Lock hospitals Punjab
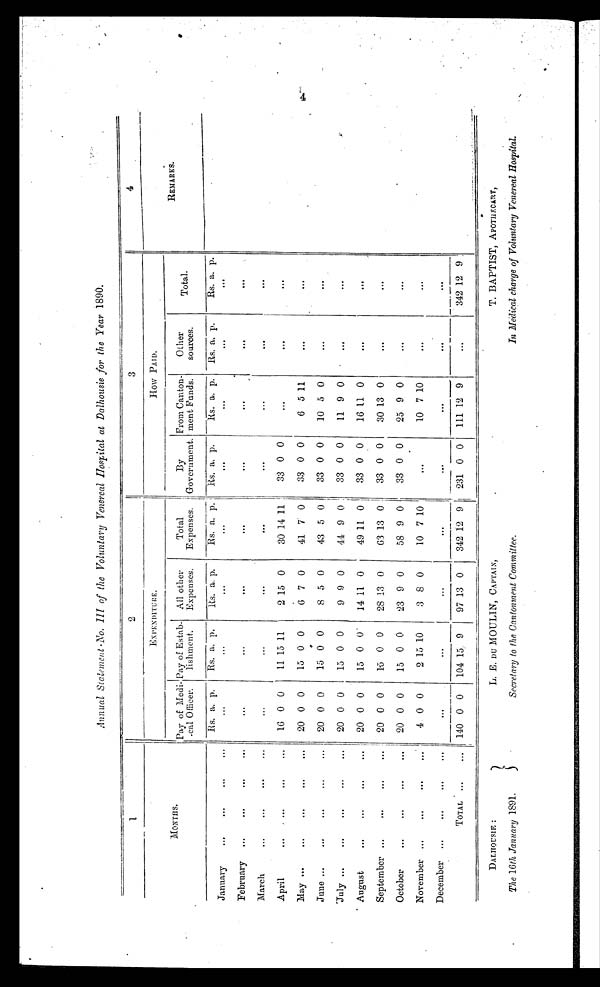
Annual Statement No. III of the Voluntary Venereal Hospital at Dalhousie for the Year 1890.
1
2
3
4
MONTHS.
EXPENDITURE.
How PAID.
REMARKS.
Pay of Medi
cal Oflicer.
Pay of Estab-
lishment.
All other
Expenses.
Total
Expenses.
By
Government.
From Canton-
ment Funds.
Other
sources.
Total.
Rs. a. p.
Rs. a. p.
Rs. a. p.
Rs. a. p.
Rs. a. p.
Rs. a. p.
Rs. a. p.
Rs. a. p.
January
. . .
. . .
. . .
...
...
...
February
...
. . .
. . .
...
. . .
...
. . .
...
...
March
...
. . .
. . .
...
. . .
...
...
...
April
16 0 0
11 15 11
2 15 0
30 14
1 1
33 0 0
...
...
...
May
20 0 0
15 0 0
6 7 0
41 7 0
33 0 0
6 5 11
...
...
June
20 0 0
15 0 0
8 5 0
43 5 0
33 0 0
10 5 0
...
...
July
20 0 0
15 0 0
9 9 0
44 9 0
33 0 0
11 9 0
. . .
...
August
20 0 0
15 0 0
14 11 0
49 11 0
33 0 0
16 11 0
...
. . .
September
20 0 0
15 0 0
28 13 0
63 13 0
33 0 0
30 13 0
...
...
October
20 0 0
15 0 0
23 9 0
58 9 0
33 0 0
25 9 0
...
. . .
November
4 0 0
2 15 10
3 8 0
10 7 10
...
10 7 10
. . .
. . .
. . .
December
...
. . .
. . .
...
. . .
. . .
. . .
. . .
TOTAL
140 0 0
104 15
9 97 13 0
342 12 9
231 0 0
111 12 9
...
342 12 9
DALHOUSIE :
L. E. DU MOULIN, CAPTAIN,
T. BAPTIST, APOTHECARY,
The 16th January 1891.}
Secretary to the Cantonment Committee.
In Medical charge of Voluntary Venereal Hospital.